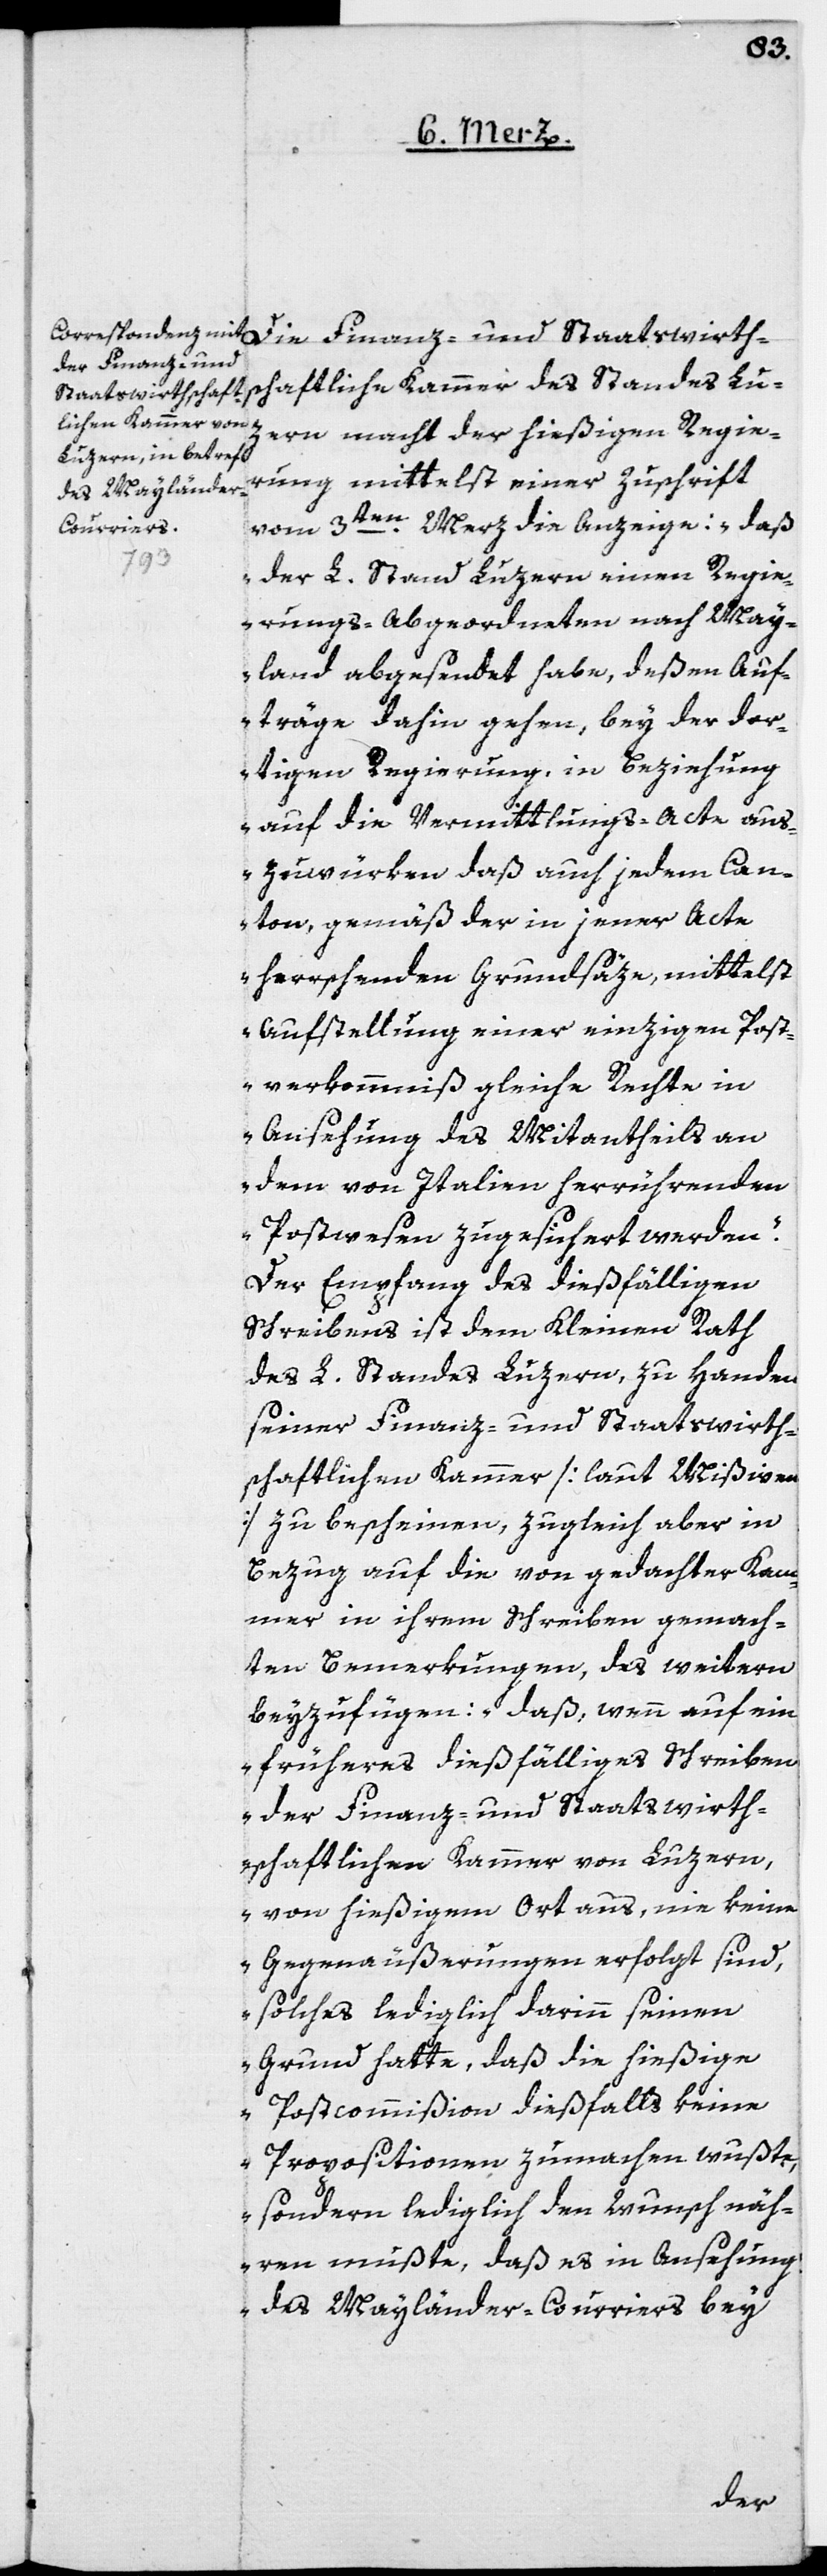
Die Finanz- und
Staatswirthschaftliche Kammer des Standes Lu¬
zern macht der hießigen Regie¬
rung mittelst einer Zuschrift
vom 3ten Merz die Anzeige: „daß
der L. Stand Luzern einen Regie¬
rungs-Abgeordneten nach May¬
land abgesendet habe, deßen Auf¬
träge dahin gehen, bey der dor¬
tigen Regierung, in Beziehung
auf die Vermittlungs-Acte aus¬
zuwürken, daß auch jedem Can¬
ton, gemäß der in jener Acte
herrschenden Grundsäze, mittelst
Aufstellung einer einzigen Post¬
verkommniß gleiche Rechte in
Ansehung des Mitantheils an
dem von Italien herrührenden
Postwesen zugesichert werden“.
Der Empfang des dießfälligen
Schreibens ist dem Kleinen Rath
des L. Standes Luzern, zu Handen
seiner Finanz- und Staatswirth¬
schaftlichen Kammer [laut Mißiven]
zu bescheinen, zugleich aber in
Bezug auf die von gedachter Kam¬
mer in ihrem Schreiben gemach¬
ten Bemerkungen, des weitern
beyzufügen: „daß, wenn auf ein
früheres dießfälliges Schreiben
der Finanz- und Staatswirth¬
schaftlichen Kammer von Luzern,
von hießigem Ort aus, nie keine
Gegenäußerung erfolgt sind,
solches lediglich darinn seinen
Grund hatte, daß die hießige
Postcommißion dießfalls keine
Propositionen zumachen wußte,
sondern lediglich den Wunsch näh¬
ren müßte, daß es in Ansehung
des Mayländer-Courriers bey